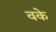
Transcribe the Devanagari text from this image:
वके